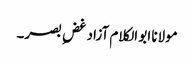
مولانا ابو الکلام آزاد غضِ بصر۔